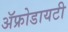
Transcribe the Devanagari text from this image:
ॲफ्रोडायटी